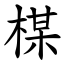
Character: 楳